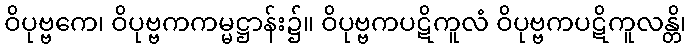
ဝိပုဗ္ဗကေ၊ ဝိပုဗ္ဗကကမ္မဋ္ဌာန်း၌။ ဝိပုဗ္ဗကပဋိကူလံ ဝိပုဗ္ဗကပဋိကူလန္တိ၊